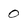
Character: 0